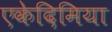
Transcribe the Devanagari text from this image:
एकेदिमिया